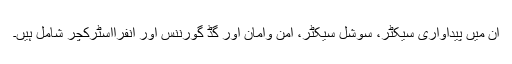
ان میں پیداواری سیکٹر، سوشل سیکٹر، امن وامان اور گڈ گورننس اور انفرااسٹرکچر شامل ہیں۔